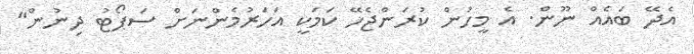
އެދޭ ބައެއް ނޫން. އެ މީހުން ކުރަންޖެހޭ ކަމަކީ އަހަރުމެންނަށް ސަޕޯޓު ދިނުން"